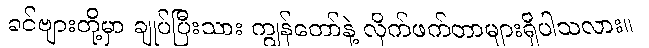
ခင်ဗျားတို့မှာ ချုပ်ပြီးသား ကျွန်တော်နဲ့ လိုက်ဖက်တာများရှိပါသလား။